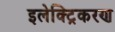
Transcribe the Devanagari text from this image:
इलेक्ट्रिकरण